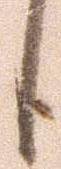
候